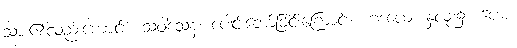
သား၏လည်းကောင်း။ သံဝါသေန၊ ပေါင်းဘော်ခြင်းကြောင့်။ ဟဒယေ၊ နှလုံး၌။ ပေမံ၊